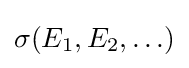
\sigma (E_{1},E_{2},\ldots )